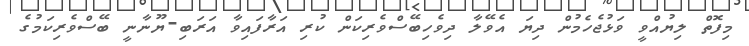
މިފޮތް ލިޔުއްވީ ވަޅުޖެހެމުން ދިޔަ އެވޭލާ ދިވެހިބޭސްވެރިކަން ކުރި އަރާފައިވާ އަރަބި-ޔޫނާނީ ބޭސްވެރިކަމުގެ